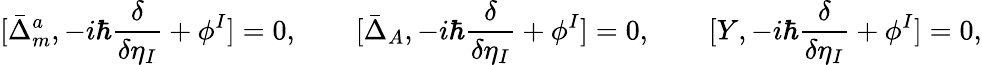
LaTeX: [\bar{\Delta}_{m}^{a},-i\hbar\frac{\delta}{\delta\eta_{I}}+\phi^{I}]=0,\qquad[\bar{\Delta}_{A},-i\hbar\frac{\delta}{\delta\eta_{I}}+\phi^{I}]=0,\qquad[Y,-i\hbar\frac{\delta}{\delta\eta_{I}}+\phi^{I}]=0,